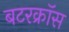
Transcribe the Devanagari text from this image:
बटरक्रॉस